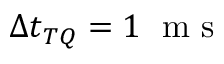
\Delta t _ { T Q } = 1 \; \mathrm { ~ m ~ s ~ }